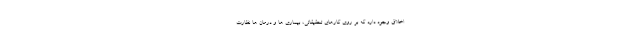
اخلاق وجود دارد که بر روی کارهای تحقیقاتی، بیماری ها و درمان ها نظارت